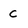
Character: c